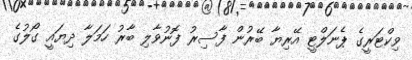
ވިކްޓަރީގެ ޕެނަލްޓީ އޭރިޔާ ބޭރުން ފާސިރު ފޮނުވާލި ބާރު ހަމަލާ ދިޔައީ ގޯލުގެ